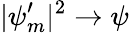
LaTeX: |\psi_{m}^{\prime}|^{2}\rightarrow\psi